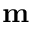
\mathbf { m }